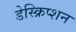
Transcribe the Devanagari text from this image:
डेस्क्रिप्शन